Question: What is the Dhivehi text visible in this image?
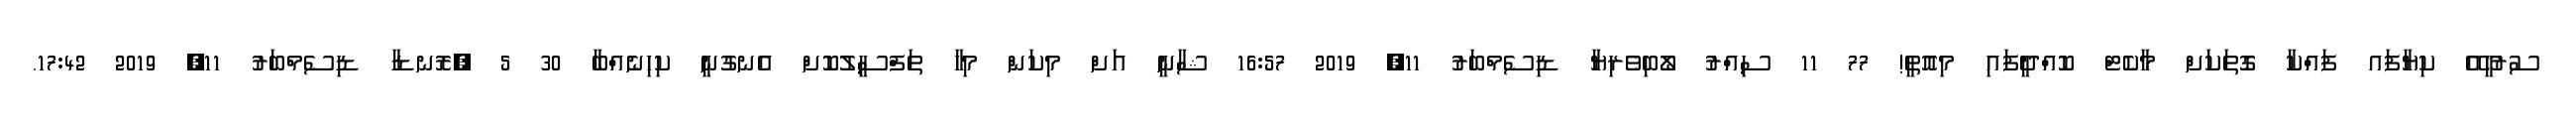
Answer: ސުރުހީއޭ ކިޔާފައ ފައްކާ ގޮތަކަށް މާކެޓް ކޮއްދީފައި މިއޮތީ! 77 11 ސިއްރު ލޯބިވެރިޔާ ޑިސެމްބަރު 11, 2019 16:57 ޝާނީ އަށް މިކަން މިހާ ތަފްސީލުކޮށް އެނގުނީ ކިހިނެއްބާ 30 5 ?ރޮނޑާ ޑިސެމްބަރު 11, 2019 17:42.